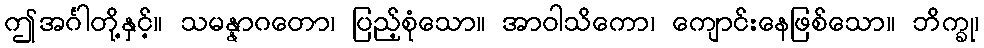
ဤအင်္ဂါတို့နှင့်။ သမန္နာဂတော၊ ပြည့်စုံသော။ အာဝါသိကော၊ ကျောင်းနေဖြစ်သော။ ဘိက္ခု၊